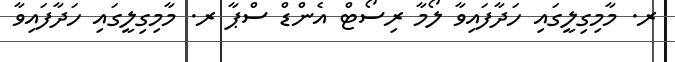
ރ. މާމިގިލީގައި ހަދާފައިވާ ލޯމާ ރިސޯޓް އެންޑް ސްޕާ ރ. މާމިގިލީގައި ހަދާފައިވާ